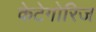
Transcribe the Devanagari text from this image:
केटेगोरिज